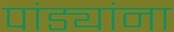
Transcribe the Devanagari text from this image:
पांड्यांना